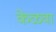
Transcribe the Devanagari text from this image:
केळवा